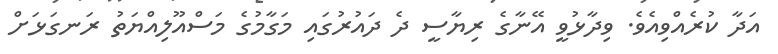
އަދާ ކުރެއްވިއެވެ. ވިދާޅުވީ އޭނާގެ ރިޔާސީ ދެ ދައުރުގައި މަގާމުގެ މަސްއޫލިއްޔަތު ރަނގަޅަށް